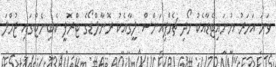
ވަނަ އަހަރު ޔުނައިޓެޑާއެކު ހޯދި ޗެމްޕިއަންސް ލީގާއެކު ރޮނާލްޑޯގެ ޓްރޮފީ ކެބިނެޓްގައި ޖުމްލަ